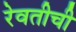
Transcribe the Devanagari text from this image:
रेवतीची